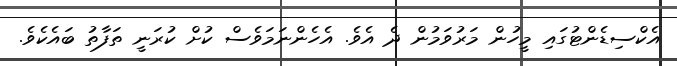
އެކްސިޑެންޓުގައި މީހުން މަރުވަމުން ދެ އެވެ. އެހެންނަމަވެސް ކުށް ކުރަނީ ތަފާތު ބައެކެވެ.